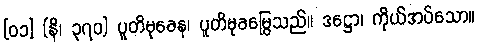
[၀၁] (နိ၊ ၃၇၀) ပူတိမုခေန၊ ပူတိမုခမြွေသည်။ ဒဋ္ဌော၊ ကိုယ်အပ်သော။